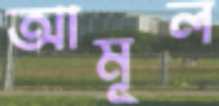
আমূল